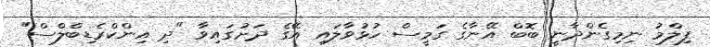
ފިލްމު ނިމިގެންދާނީ ބޮބް އޭނާގެ ގަމީސް ހުޅުވާލައި އޭގެ ދަށުގައިވާ "ދި އިންކްރެޑިބްލްސް"